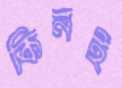
কিনই